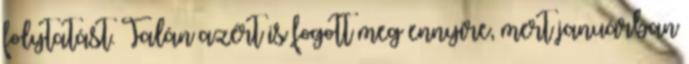
folytatást. Talán azért is fogott meg ennyire, mert januárban